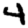
Digit: 4